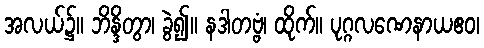
အလယ်၌။ ဘိန္ဒိတွာ၊ ခွဲ၍။ နဒါတဗ္ဗံ၊ ထိုက်။ ပုဂ္ဂလဏေနာယဧဝ၊